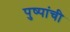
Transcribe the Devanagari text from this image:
पुष्पांची